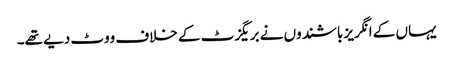
یہاں کے انگریز باشندوں نے بریگزٹ کے خلاف ووٹ دیے تھے۔